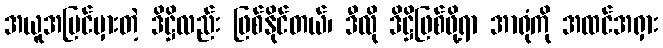
အယူအမြင်မှားတဲ့ ဒိဋ္ဌိလည်း ဖြစ်နိုင်တယ်၊ ဒီလို ဒိဋ္ဌိဖြစ်ဖို့ရာ အာရုံကို အထင်အရှား